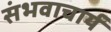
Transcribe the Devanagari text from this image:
संभवाचार्य